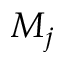
M _ { j }